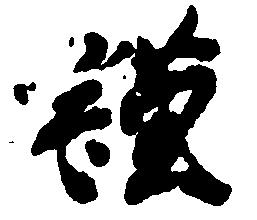
謹